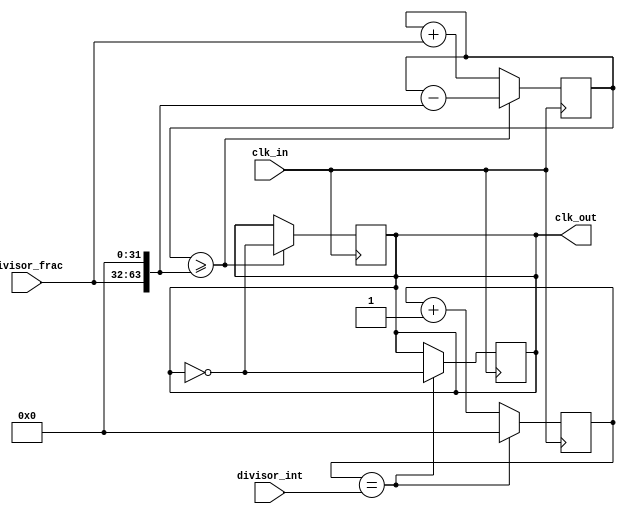
module floating_point_clock_divider (
    input wire clk_in,                // Input clock signal
    input wire [31:0] divisor_int,    // Integer part of the divisor
    input wire [31:0] divisor_frac,   // Fractional part of the divisor
    output wire clk_out               // Output divided clock signal
);

reg [31:0] count;
reg [63:0] accumulator;
reg toggle;

always @ (posedge clk_in) begin
    if (count == divisor_int) begin
        count <= 0;
        toggle <= ~toggle;
    end else begin
        count <= count + 1;
    end
end

always @ (posedge clk_in) begin
    if (accumulator >= (divisor_frac << 32)) begin
        accumulator <= accumulator - (divisor_frac << 32);
        toggle <= ~toggle;
    end else begin
        accumulator <= accumulator + divisor_frac;
    end
end

assign clk_out = toggle;

endmodule